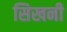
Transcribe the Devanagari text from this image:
सिखनी